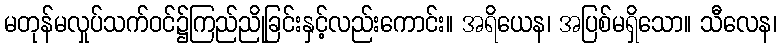
မတုန်မလှုပ်သက်ဝင်၌ကြည်ညိုခြင်းနှင့်လည်းကောင်း။ အရိယေန၊ အပြစ်မရှိသော။ သီလေန၊